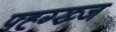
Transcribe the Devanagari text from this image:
फ्ह्ग्ख्ज